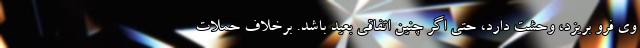
وی فرو بریزد، وحشت دارد، حتی اگر چنین اتفاقی بعید باشد. برخلاف حملات